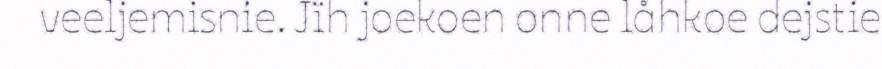
veeljemisnie. Jïh joekoen onne låhkoe dejstie